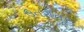
ઉતરોતર